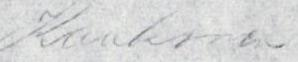
Kaukonen